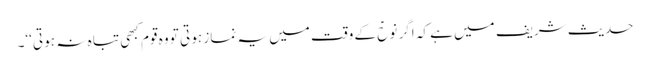
حدیث شریف میں ہے کہ اگر نوحؑ کے وقت میں یہ نماز ہو تی تو وہ قوم کبھی تبا ہ نہ ہو تی‘‘۔